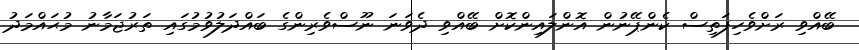
ބޭއްވި ރަށްވެހިފަތިސް ކެންޕޭނުން އޮންލައިންކޮށް ބޭއްވި ދެވަނަ ނޫސްވެރިންގެ ބައްދަލުވުމުގައި ތަރުޖަމާނު މުޙައްމަދު